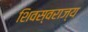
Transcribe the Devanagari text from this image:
शिवस्वराज्य